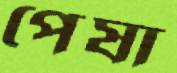
পেষা